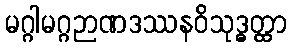
မဂ္ဂါမဂ္ဂဉာဏဒဿနဝိသုဒ္ဓတ္ထာ